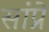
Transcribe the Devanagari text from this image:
सांप्रे